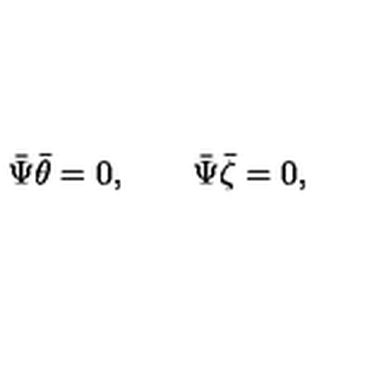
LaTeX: \bar { \Psi } \bar { \theta } = 0 , \qquad \bar { \Psi } \bar { \zeta } = 0 ,